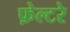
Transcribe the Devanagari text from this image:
फ़ेल्टरे